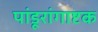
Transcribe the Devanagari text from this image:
पांडूरांगाष्टक